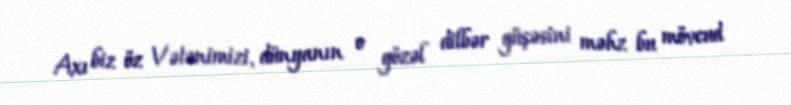
Axı biz öz Vətənimizi, dünyanın o gözəl dilbər güşəsini məhz bu mövcud